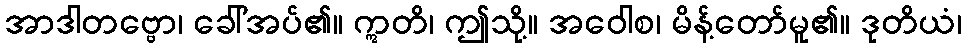
အာဒါတဗ္ဗော၊ ခေါ်အပ်၏။ ဣတိ၊ ဤသို့။ အဝေါစ၊ မိန့်တော်မူ၏။ ဒုတိယံ၊